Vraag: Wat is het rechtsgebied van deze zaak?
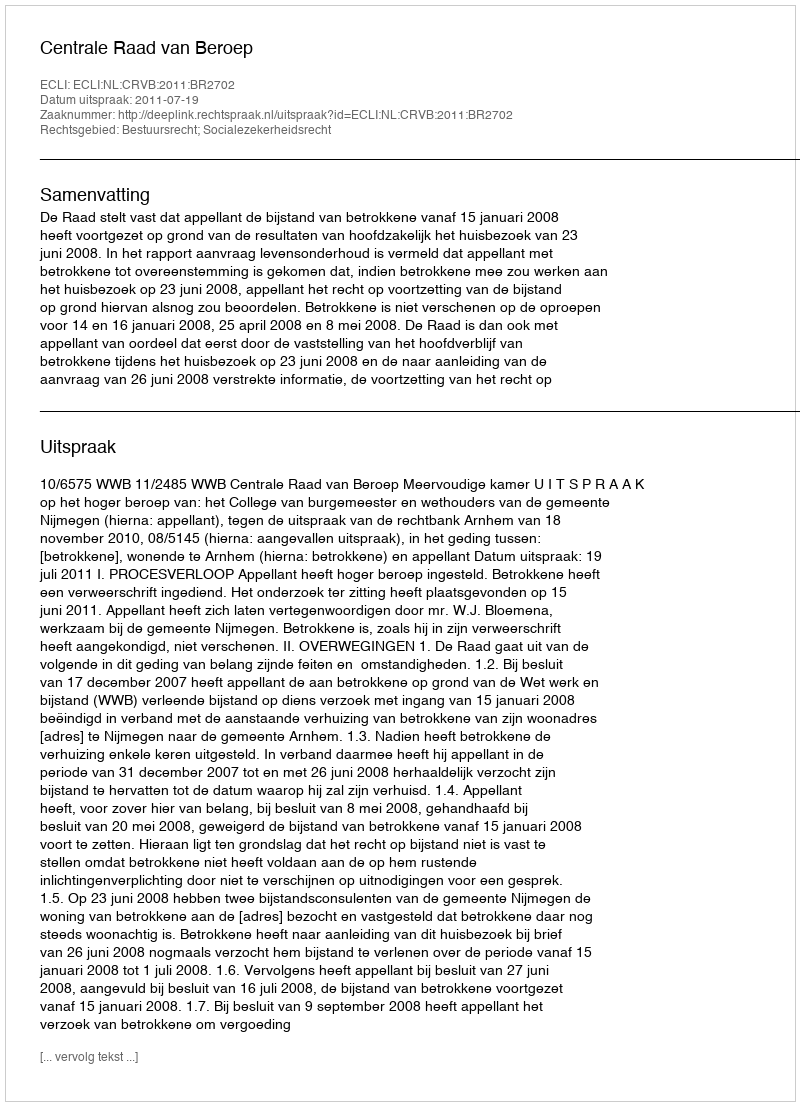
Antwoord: Bestuursrecht; Socialezekerheidsrecht